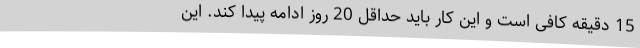
15 دقیقه کافی است و این کار باید حداقل 20 روز ادامه پیدا کند. این